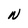
Character: N